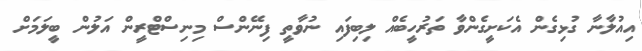
އިއުލާނާ ގުޅިގެން އެކަށީގެންވާ ތަރުހީބެއް ލިބިފައި ނުވާތީ ފިނޭންސް މިނިސްޓްރީން އަލުން ބީލަމަށް